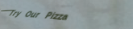
Try Our Pizza